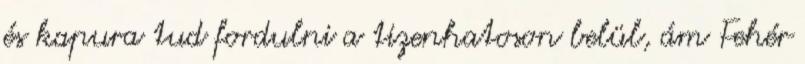
és kapura tud fordulni a tizenhatoson belül, ám Fehér